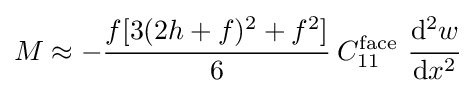
M\approx -{\cfrac {f[3(2h+f)^{2}+f^{2}]}{6}}~C_{11}^{\mathrm {face} }~{\cfrac {\mathrm {d} ^{2}w}{\mathrm {d} x^{2}}}